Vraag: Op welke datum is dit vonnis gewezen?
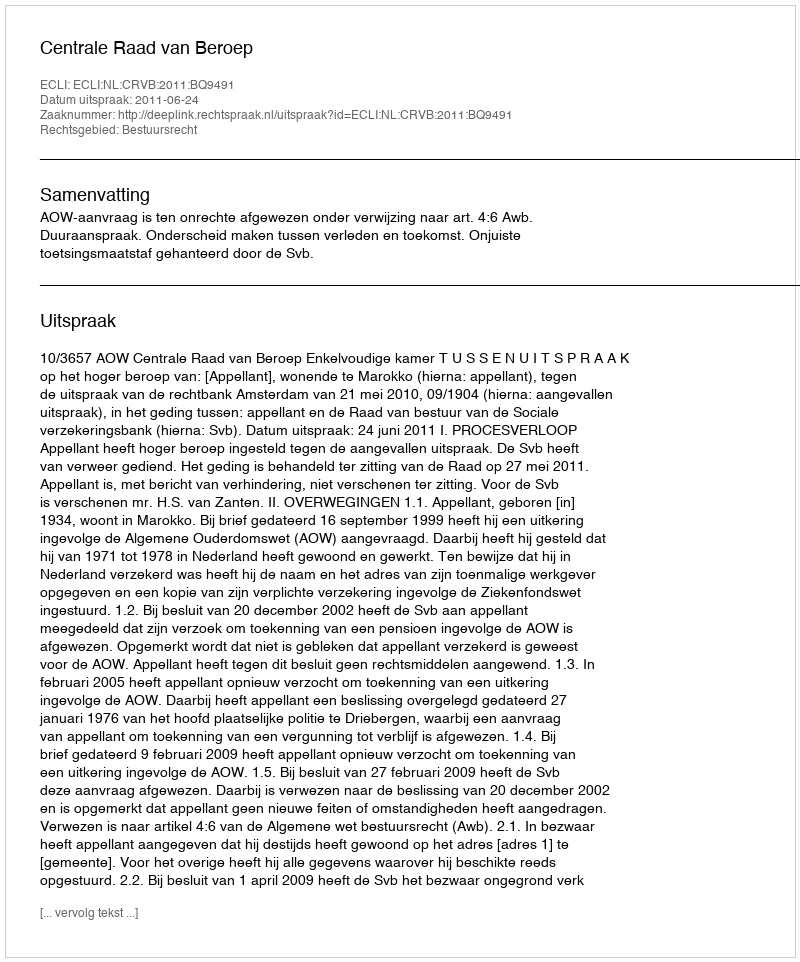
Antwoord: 2011-06-24